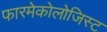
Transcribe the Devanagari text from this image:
फारमेकोलोजिस्ट